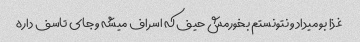
غذا بو میداد و نتونستم بخورمش حیف که اسراف میشه و جای تاسف داره